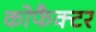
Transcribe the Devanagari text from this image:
कोफैक्टर